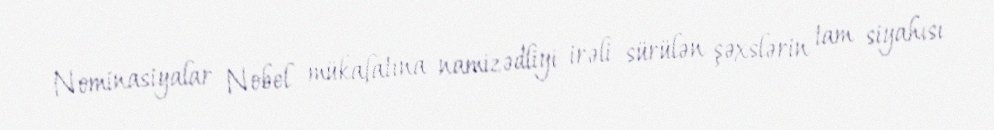
Nominasiyalar Nobel mükafatına namizədliyi irəli sürülən şəxslərin tam siyahısı